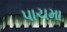
પાચમા